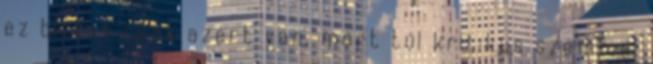
ez biztos csak azért van, mert túl kritikus szemmel